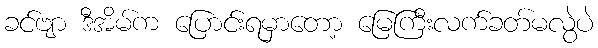
ခင်ဗျာ ဒီအိမ်က ပြောင်းရမှာတော့ မြေကြီးလက်ခတ်မလွဲပဲ